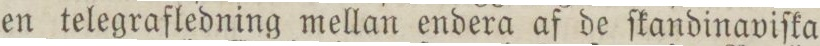
en telegrafledning mellan endera af de ſkandinaviſka